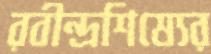
রবীন্দ্রশিষ্যের